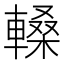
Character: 䡦